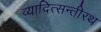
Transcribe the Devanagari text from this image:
व्यादित्सन्तीरथ